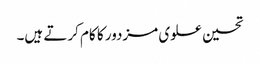
تحسین علوی مزدور کا کام کرتے ہیں۔